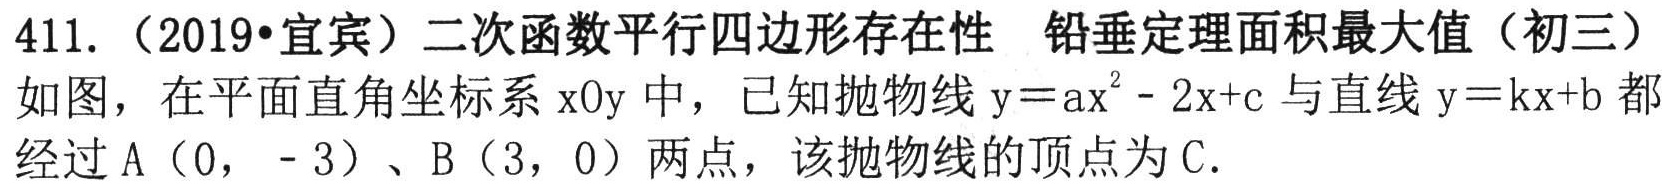
411.（2019•宜宾）二次函数平行四边形存在性 铅垂定理面积最大值（初三）
如图，在平面直角坐标系xOy中，已知抛物线\(y = ax^{2}-2x + c\)与直线\(y = kx + b\)都经过A（0， - 3）、B（3，0）两点，该抛物线的顶点为C.